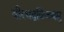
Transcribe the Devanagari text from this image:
वीरभद्रविजयमु